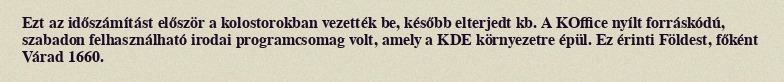
Ezt az időszámítást először a kolostorokban vezették be, később elterjedt kb. A KOffice nyílt forráskódú, szabadon felhasználható irodai programcsomag volt, amely a KDE környezetre épül. Ez érinti Földest, főként Várad 1660.